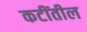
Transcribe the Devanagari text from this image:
कटींतील